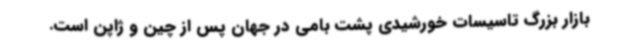
بازار بزرگ تاسیسات خورشیدی پشت بامی در جهان پس از چین و ژاپن است.